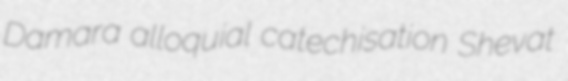
Damara alloquial catechisation Shevat